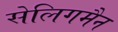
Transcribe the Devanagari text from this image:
सेलिगमैन